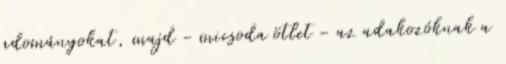
adományokat, majd - micsoda ötlet - az adakozóknak a